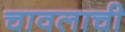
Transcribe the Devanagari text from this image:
चावलाची